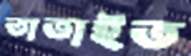
তাতাইত